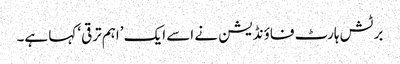
برٹش ہارٹ فاؤنڈیشن نے اسے ایک ’اہم ترقی‘ کہا ہے۔